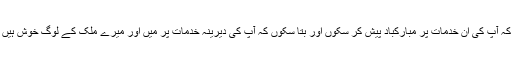
مَیں بحیثیت صدرِ مملکت یہاں آیا ہوں کہ آپ کی ان خدمات پر مبارکباد پیش کر سکوں اور بتا سکوں کہ آپ کی دیرینہ خدمات پر مَیں اور میرے ملک کے لوگ خوش ہیں اور ہم جماعت احمدیہ کے ممنون ہیں۔